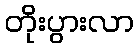
တိုးပွားလာ